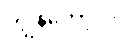
ကျွန်တော့်လို